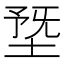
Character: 𡍳